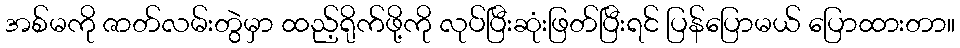
အစ်မကို ဇာတ်လမ်းတွဲမှာ ထည့်ရိုက်ဖို့ကို လုပ်ပြီးဆုံးဖြတ်ပြီးရင် ပြန်ပြောမယ် ပြောထားတာ။